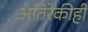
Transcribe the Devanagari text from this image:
अतिरेकीही